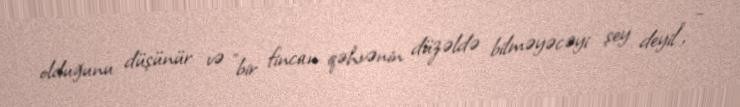
olduğunu düşünür və "bir fincan qəhvənin düzəldə bilməyəcəyi şey deyil", -